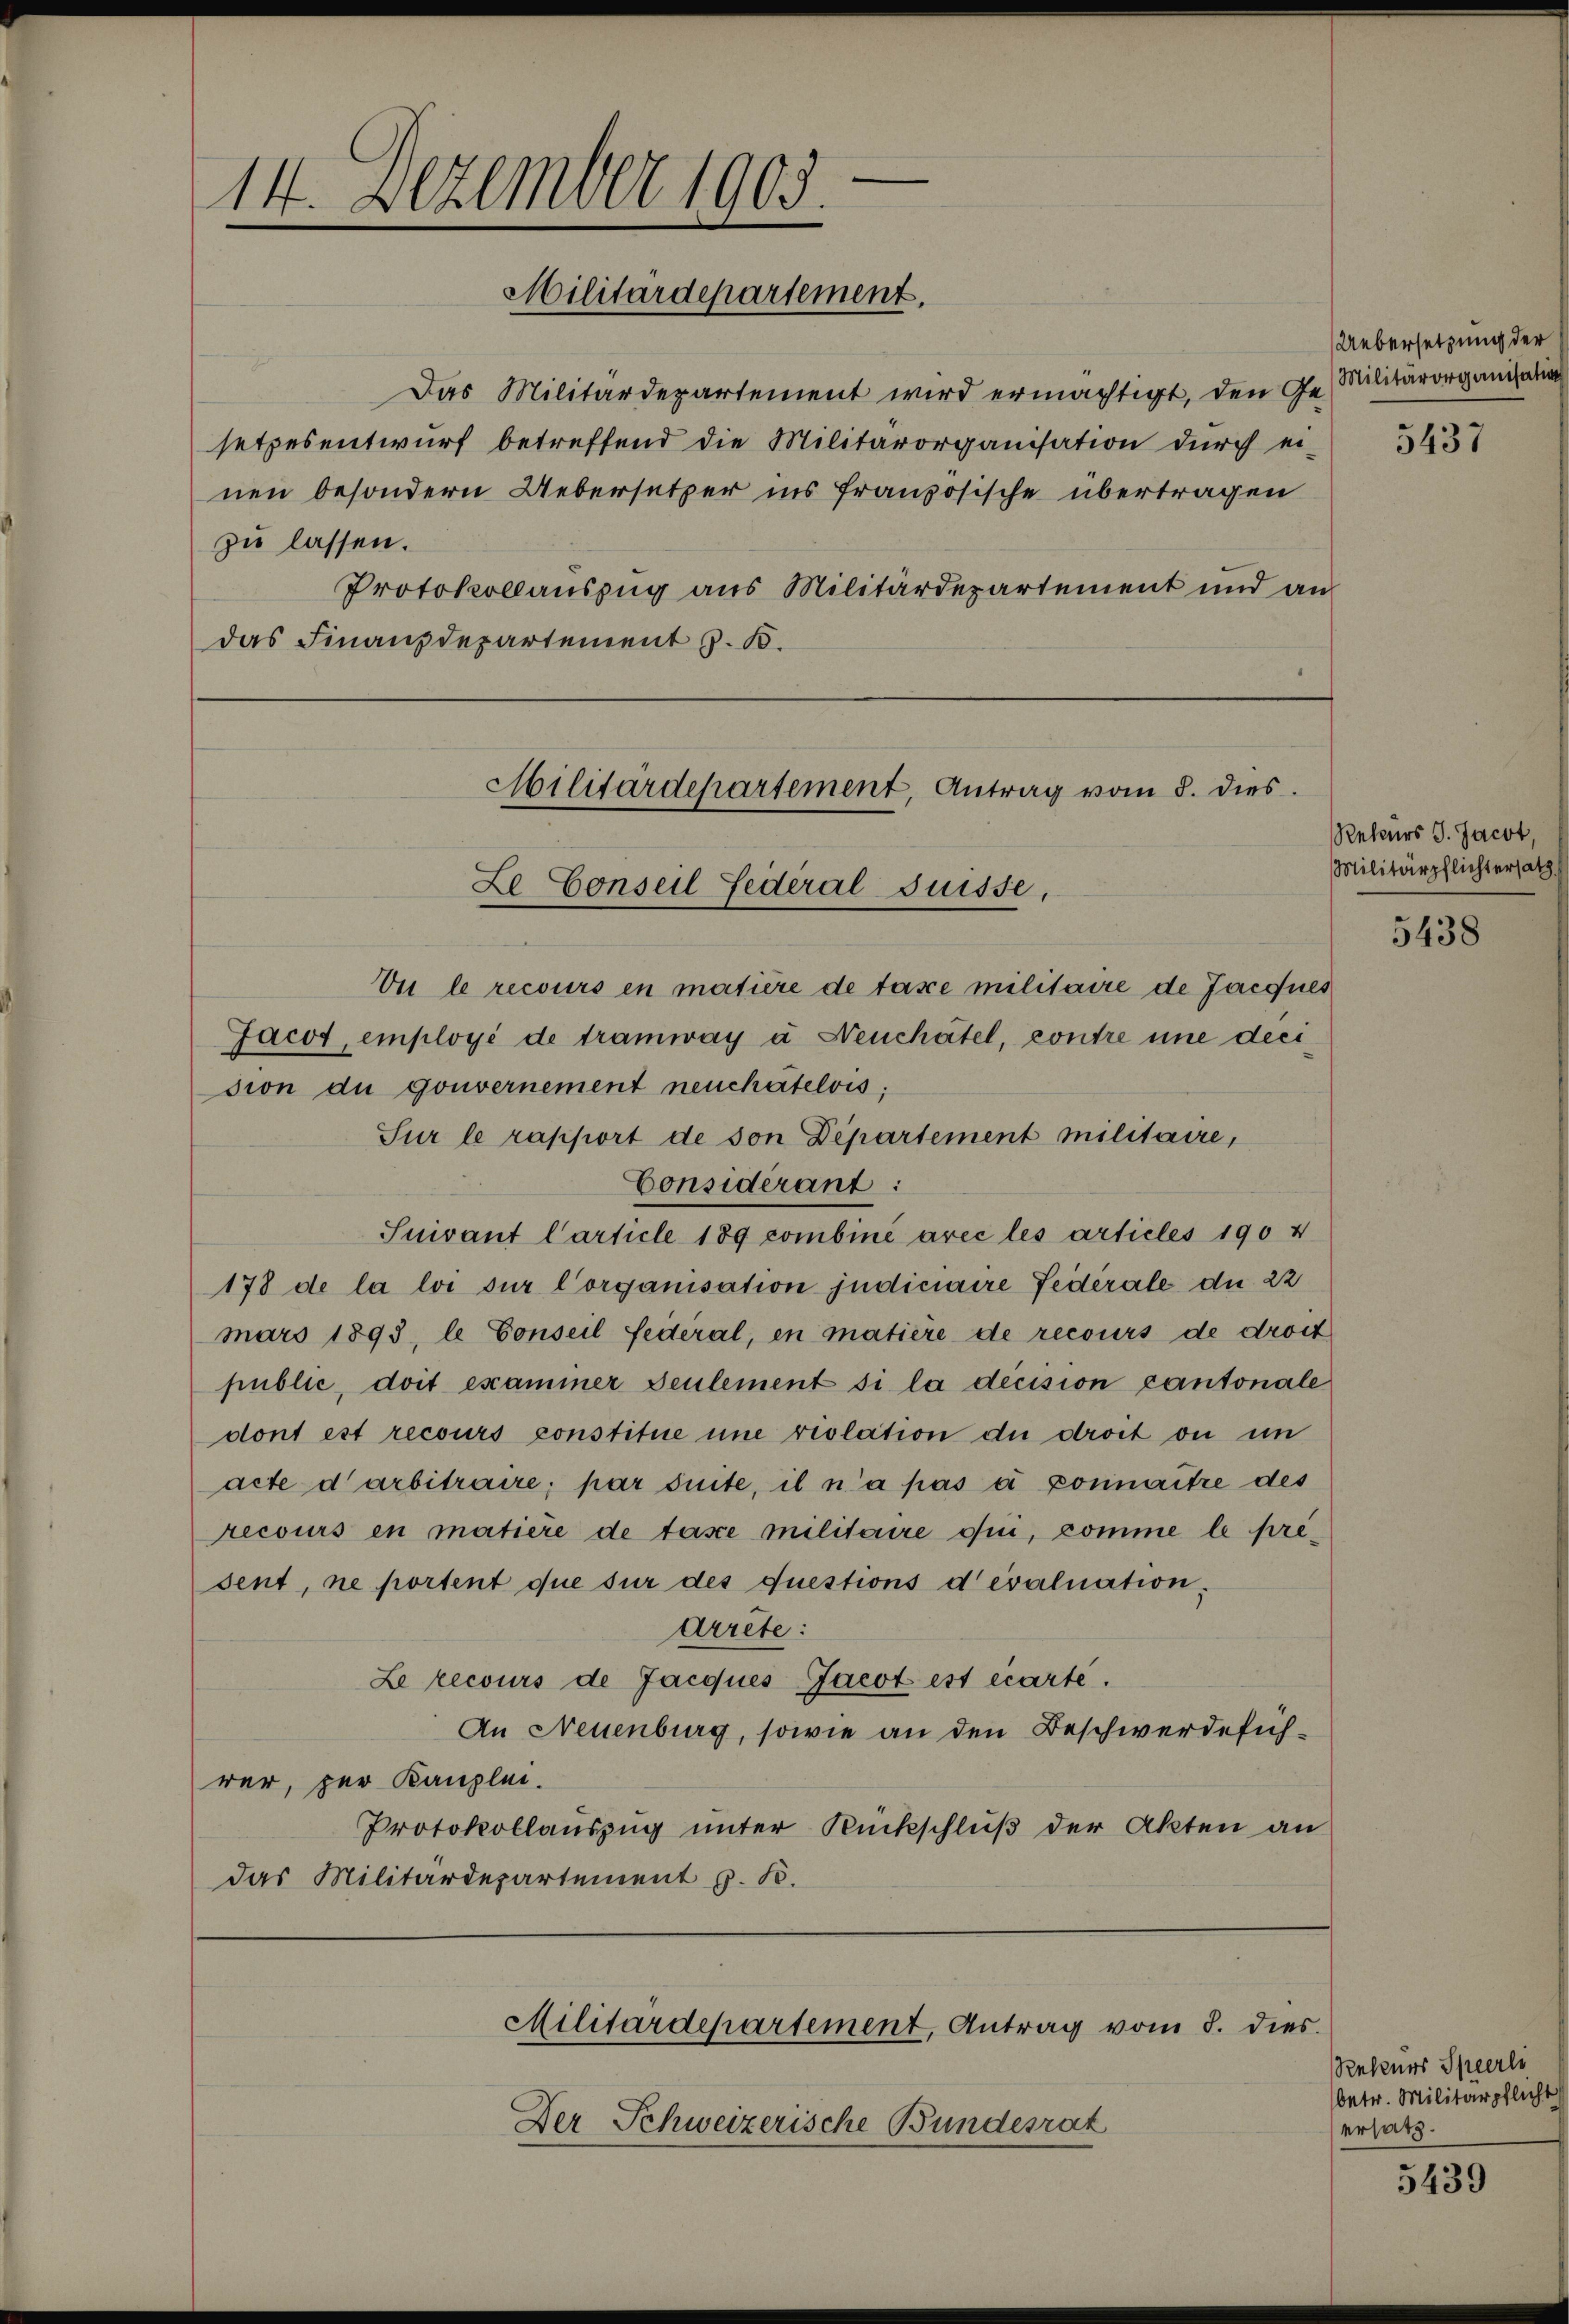
—
14. Dezember 1905.
Militärdepartement.

Das Militärdepartement wird ermächtigt, den Ges. Militärorganisatio
setzesentwurf betreffend die Militärorganisation durch ei-
nen besondern Uebersetzer ins französische übertragen
zu lassen.
Protokollauszug aus Militärdepartement und an
das Finanzdepartement z. B.

Militärdepartement, Antrag vom 8. dies

Vu le recours en matière de tase militaire de Jacques
Jacot, employé de tramway à Neuchâtel, contre une deci
sion du gouvernement neuchatelvis;
Sur le rapport de son Departement militaire,
Considérant:
Suivant Carticle 189 combiné avec les articles 1904
178 de la loi sur Corganisation judiciaire Fedérale die 22
mars 1893, le Conseil feiteral, en matière de recours de droit
public, doit exammer seulement si la decision cantonale
dont est recours constitue une rislation du droit ou in
acte darbitraire, par suite, il n’a pas à connaitre des
recours en matière de tasce militaire qui, comme le présent, ne portent que sur des questions devaluation.
Arrete:
Le recours de Jacques Jacot est écarte.
An Neuenburg, sowie an den Beschwerdefühwer, per Kanzlei-
Protokollauszug unter Rückschluß der Akten an
das Militärdepartement z. B.

Uebersetzung der

Le Conseil Federal Suisse,

Der Schweizerische Bundesrat

Militärdepartement, Antrag vom 8. dies

5437

Rehers J. Jacot,
Militärpflichtersatz.

5438

Rebenes Sperli
betr. Militärpflicht
ersatz.

5439